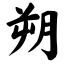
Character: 朔